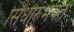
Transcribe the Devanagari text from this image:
सिंधोरुभयत